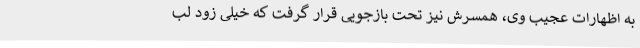
به اظهارات عجیب وی، همسرش نیز تحت بازجویی قرار گرفت که خیلی زود لب